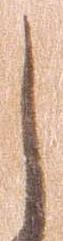
し